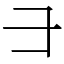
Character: ⺕